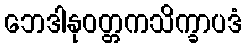
ဘေဒါနုဝတ္တကသိက္ခာပဒံ